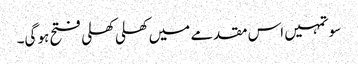
سو تمہیں اس مقدمے میں کھلی کھلی فتح ہو گی۔